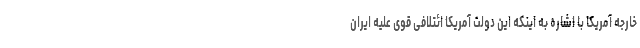
خارجه آمریکا با اشاره به اینکه این دولت آمریکا ائتلافی قوی علیه ایران